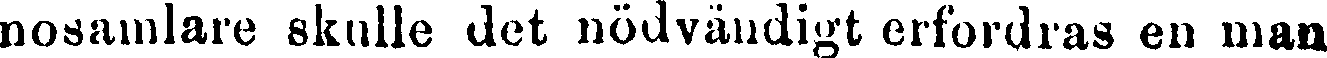
nosamlare skulle det nödvändigt erfordras en man